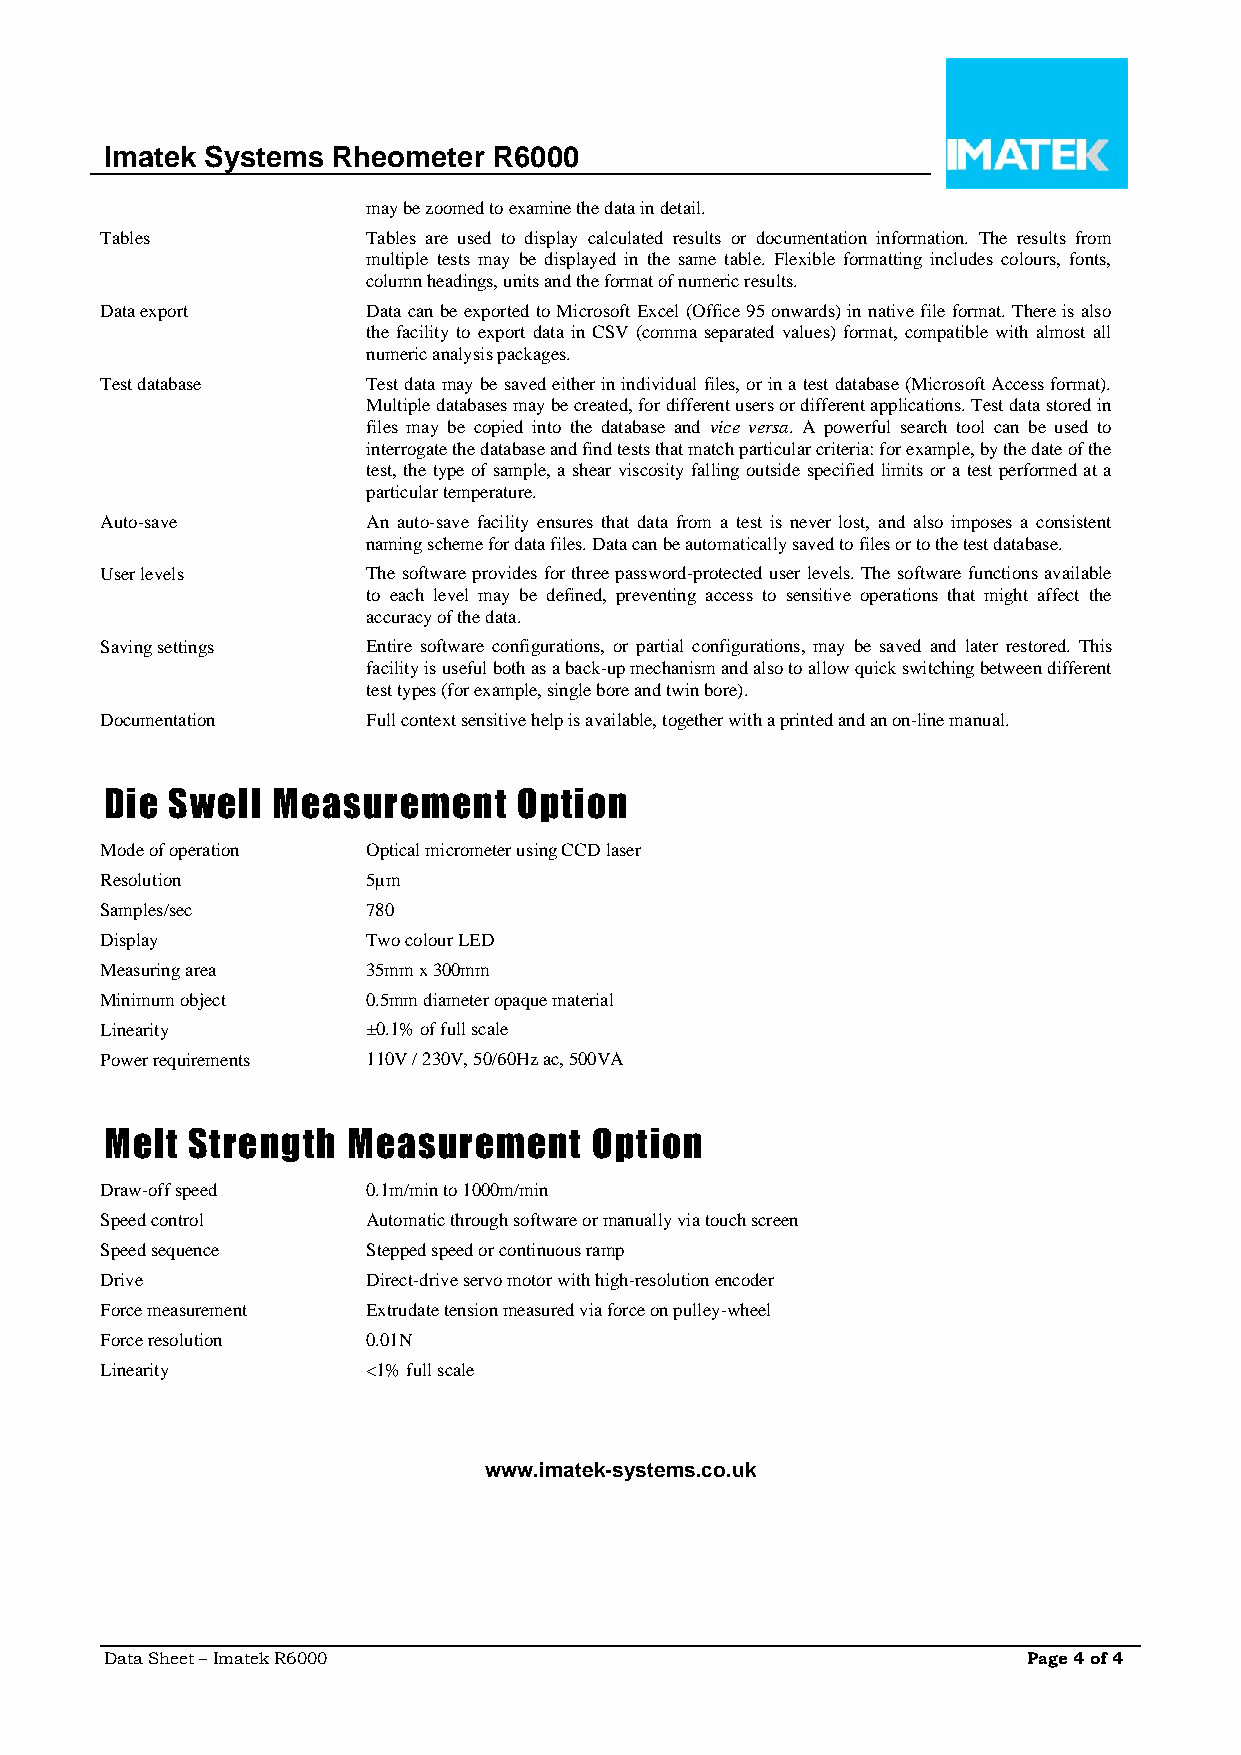
Imatek Systems Rheometer  R6000
 may be zoomed to examine the data in detail.
 Tables           Tables are used to display calculated results or documentation information. The results from
 multiple tests may be displayed in the same table. Flexible formatting includes colours, fonts,
 column headings, units and the format of numeric results.
 Data export      Data can be exported to Microsoft Excel (Office 95 onwards) in native file format. There is also
 the facility to export data in CSV (comma separated values) format, compatible with almost all
 numeric analysis packages.
 Test database    Test data may be saved either in individual files, or in a test database (Microsoft Access format).
 Multiple databases may be created, for different users or different applications. Test data stored in
 files may be copied into the database and vice versa. A powerful search tool can be used to
 interrogate the database and find tests that match particular criteria: for example, by the date of the
 test, the type of sample, a shear viscosity falling outside specified limits or a test performed at a
 particular temperature.
 Auto-save        An auto-save facility ensures that data from a test is never lost, and also imposes a consistent
 naming scheme for data files. Data can be automatically saved to files or to the test database.
 User levels      The software provides for three password-protected user levels. The software functions available
 to each level may be defined, preventing access to sensitive operations that might affect the
 accuracy of the data.
 Saving settings  Entire software configurations, or partial configurations, may be saved and later restored. This
 facility is useful both as a back-up mechanism and also to allow quick switching between different
 test types (for example, single bore and twin bore).
 Documentation    Full context sensitive help is available, together with a printed and an on-line manual.
 Die Swell  Measurement     Option
 Mode of operation Optical micrometer using CCD laser
 Resolution       5µm
 Samples/sec      780
 Display          Two colour LED
 Measuring area   35mm x 300mm
 Minimum object   0.5mm diameter opaque material
 Linearity        ±0.1% of full scale
 Power requirements 110V / 230V, 50/60Hz ac, 500VA
 Melt Strength   Measurement     Option
 Draw-off speed   0.1m/min to 1000m/min
 Speed control    Automatic through software or manually via touch screen
 Speed sequence   Stepped speed or continuous ramp
 Drive            Direct-drive servo motor with high-resolution encoder
 Force measurement Extrudate tension measured via force on pulley-wheel
 Force resolution 0.01N
 Linearity        <1% full scale
 www.imatek-systems.co.uk
 Data Sheet – Imatek R6000                                    Page 4 of 4